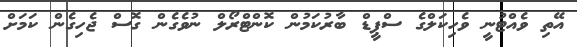
އޭތި ވެއްޓުނީ ވެހިކަލްގެ ސްޕީޑް ބާރުކަމުން ކޮންޓްރޯލް ނުވެގެން ގޮސް ޖެހިގެން ކަމަށް